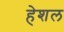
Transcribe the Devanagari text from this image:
हेशल